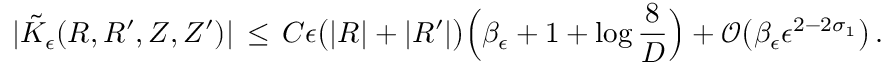
| \tilde { K } _ { \epsilon } ( R , R ^ { \prime } , Z , Z ^ { \prime } ) | \, \le \, C \epsilon \bigl ( | R | + | R ^ { \prime } | \bigr ) \Bigl ( \beta _ { \epsilon } + 1 + \log \frac { 8 } { D } \Bigr ) + \mathcal { O } \bigl ( \beta _ { \epsilon } \epsilon ^ { 2 - 2 \sigma _ { 1 } } \bigr ) \, .